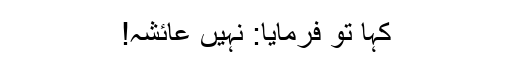
کہا تو فرمایا: نہیں عائشہ!